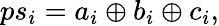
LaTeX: ps_{i}=a_{i}\oplus b_{i}\oplus c_{i},